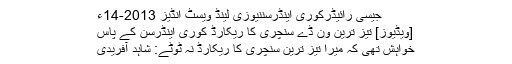
جیسی رائیڈرکوری اینڈرسننیوزی لینڈ ویسٹ انڈیز 2013-14ء
[ویڈیوز] تیز ترین ون ڈے سنچری کا ریکارڈ کوری اینڈرسن کے پاس
خواہش تھی کہ میرا تیز ترین سنچری کا ریکارڈ نہ ٹوٹے: شاہد آفریدی